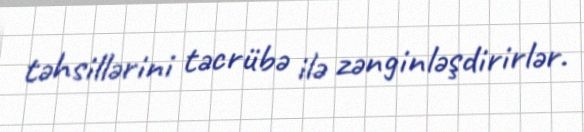
təhsillərini təcrübə ilə zənginləşdirirlər.